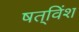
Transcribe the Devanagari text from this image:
षत्‌विंश